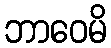
ဘာဝေမိ